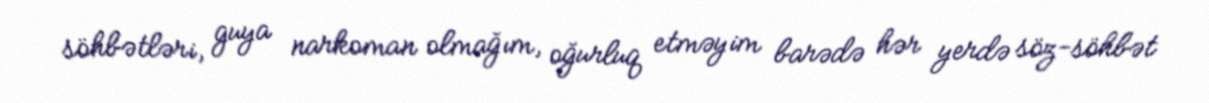
söhbətləri, guya narkoman olmağım, oğurluq etməyim barədə hər yerdə söz-söhbət